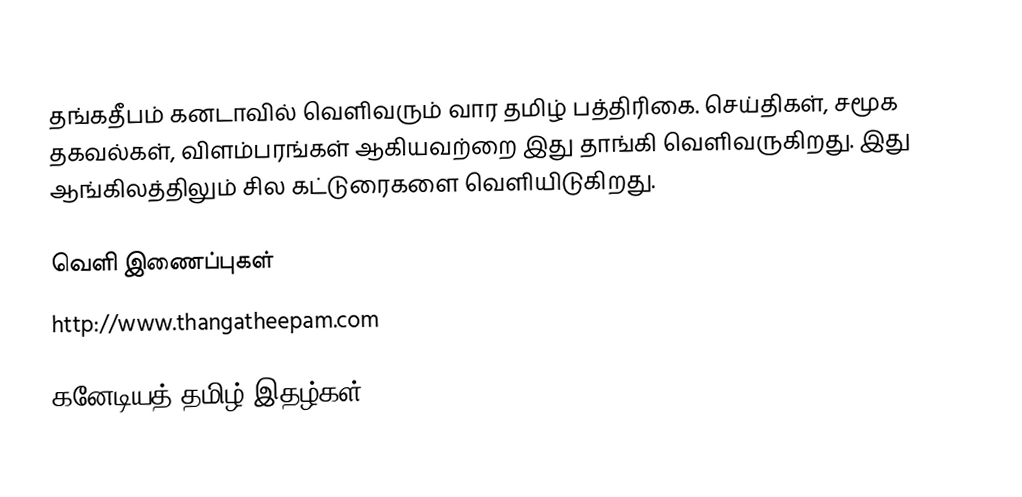
தங்கதீபம் கனடாவில் வெளிவரும் வார தமிழ் பத்திரிகை. செய்திகள், சமூக தகவல்கள், விளம்பரங்கள் ஆகியவற்றை இது தாங்கி வெளிவருகிறது. இது ஆங்கிலத்திலும் சில கட்டுரைகளை வெளியிடுகிறது.

வெளி இணைப்புகள்
 http://www.thangatheepam.com

கனேடியத் தமிழ் இதழ்கள்